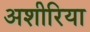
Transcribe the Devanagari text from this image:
अशीरिया